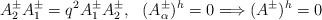
LaTeX: \begin{align*}A^\pm_2 A^\pm_1=q^2 A^\pm_1 A^\pm_2,\ \ (A^\pm_\alpha)^h=0\Longrightarrow(A^\pm)^h=0\end{align*}